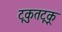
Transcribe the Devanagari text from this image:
टूकुतटूकू